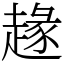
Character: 䞼